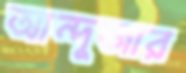
আন্দুজার